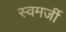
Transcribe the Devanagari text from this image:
स्वमर्जी